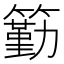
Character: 𥵚